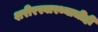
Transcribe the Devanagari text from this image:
शरीरस्वास्थ्याचीही